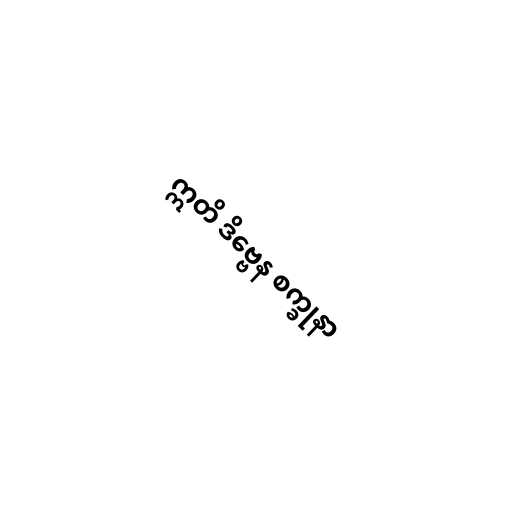
ဣတိ ဒိဗ္ဗေန စက္ခုနာ